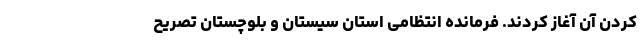
کردن آن آغاز کردند. فرمانده انتظامی استان سیستان و بلوچستان تصریح